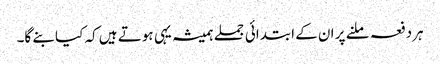
ہردفعہ ملنے پر ان کے ابتدائی جملے ہمیشہ یہی ہوتے ہیں کہ کیا بنے گا۔